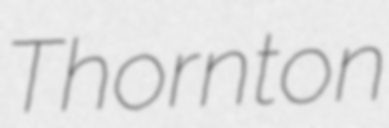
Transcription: Thornton